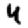
Digit: 4